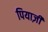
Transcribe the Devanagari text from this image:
पियाज़ी